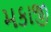
મકાજી